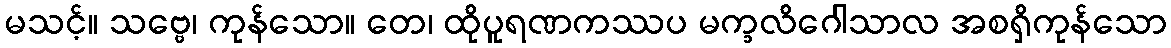
မသင့်။ သဗ္ဗေ၊ ကုန်သော။ တေ၊ ထိုပူရဏကဿပ မက္ခလိဂေါသာလ အစရှိကုန်သော